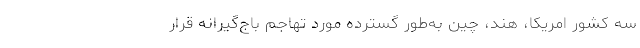
سه كشور امریكا، هند، چین به‌طور گسترده مورد تهاجم باج‌گیرانه قرار